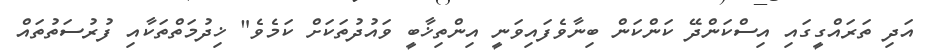
އަދި ތަރައްގީގައި އިސްކަންދޭ ކަންކަން ބިނާވެފައިވަނީ އިންތިޚާބީ ވައުދުތަކަށް ކަމެވެ" ޚިދުމަތްތަކާއި ފުރުސަތުތައް